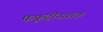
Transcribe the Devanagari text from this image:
फफूंदीनाशक